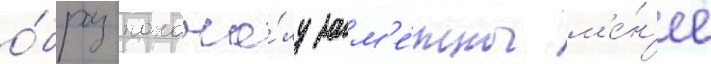
о́браз понача́лу зам'е́тно м'е́н'ее